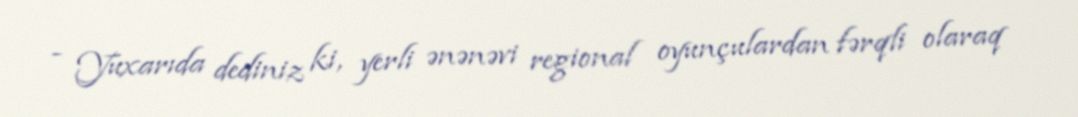
- Yuxarıda dediniz ki, yerli ənənəvi regional oyunçulardan fərqli olaraq